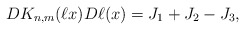
\begin{align*} DK_{n,m}(\ell x) D\ell(x) = J_1+J_2-J_3,\end{align*}